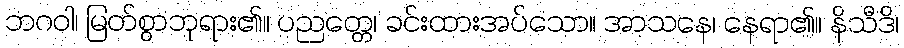
ဘဂဝါ၊ မြတ်စွာဘုရား၏။ ပညတ္တေ၊ ခင်းထားအပ်သော။ အာသနေ၊ နေရာ၏။ နိသီဒိ၊